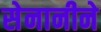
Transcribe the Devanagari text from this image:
सेनानीने